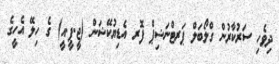
ދިވެހި ސަރުކާރުން ގްލޯބަލް ޕަރޓްނަޝިޕް ފޮރ އެޑިޔުކޭޝަން (ޖީ.ޕީ.އީ) ގެ ހިލޭ އެހީގެ